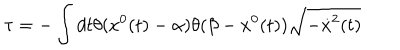
\tau = - \int d t \theta ( x ^ { 0 } ( t ) - \alpha ) \theta ( \beta - x ^ { 0 } ( t ) ) \sqrt { - \dot { x } ^ { 2 } ( t ) }